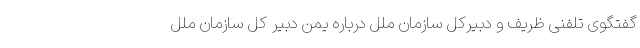
گفتگوی تلفنی ظریف و دبیرکل سازمان ملل درباره یمن دبیر کل سازمان ملل